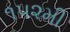
૧૫૨મી